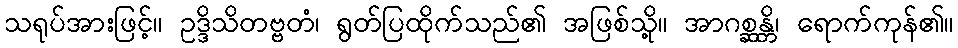
သရုပ်အားဖြင့်။ ဥဒ္ဒိသိတဗ္ဗတံ၊ ရွတ်ပြထိုက်သည်၏ အဖြစ်သို့။ အာဂစ္ဆန္တိ၊ ရောက်ကုန်၏။